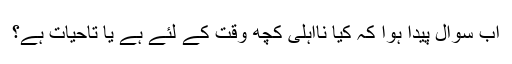
اب سوال پیدا ہوا کہ کیا نااہلی کچھ وقت کے لئے ہے یا تاحیات ہے؟